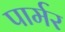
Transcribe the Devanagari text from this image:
पार्मर